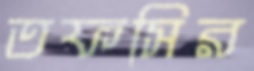
তফসির